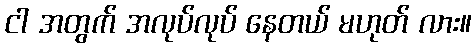
ငါ အတွက် အလုပ်လုပ် နေတယ် မဟုတ် လား။